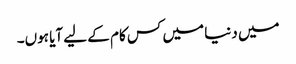
میں دنیا میں کس کام کے لیے آیا ہوں۔